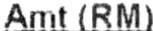
AMT (RM)